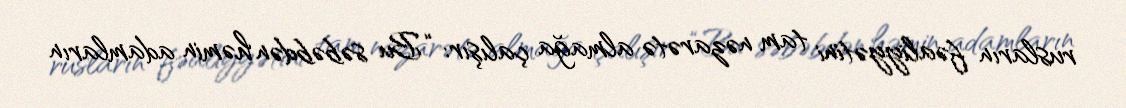
rusların fəaliyyətini tam nəzarətə almağa çalışır: “Bu səbəbdən həmin adamların